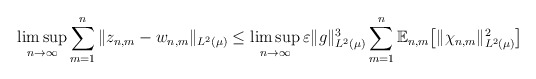
\begin{align*} \limsup_{n \to \infty} \sum_{m=1}^n \| z_{n,m} - w_{n,m}\|_{L^2 (\mu)} \leq \limsup_{n \to \infty} \varepsilon \|g\|_{L^2 (\mu)}^3 \sum_{m=1}^n\mathbb{E}_{n,m}\big[\|\chi_{n,m}\|_{L^2 (\mu)} ^2\big]\end{align*}